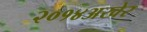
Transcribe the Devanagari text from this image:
२०१४अखेर